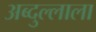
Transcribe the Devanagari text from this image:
अब्दुल्लाला